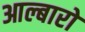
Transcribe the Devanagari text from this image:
आल्बारो